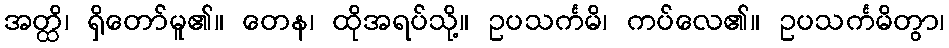
အတ္ထိ၊ ရှိတော်မူ၏။ တေန၊ ထိုအရပ်သို့။ ဥပသင်္ကမိ၊ ကပ်လေ၏။ ဥပသင်္ကမိတွာ၊